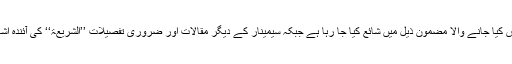
اس موقع پر مولانا زاہد الراشدی کی طرف سے پیش کیا جانے والا مضمون ذیل میں شائع کیا جا رہا ہے جبکہ سیمینار کے دیگر مقالات اور ضروری تفصیلات ’’الشریعۃ‘‘ کی آئندہ اشاعت میں قارئین کی خدمت میں پیش کی جائیں گی۔